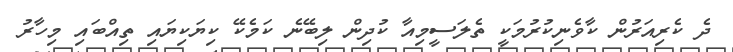
ދެ ކެރިއަރުން ކާވެނިކުރުމަކީ ތެލަސީމިއާ ކުދިން ލިބޭނެ ކަމެކޭ ކިޔަކިޔައި ތިއްބައި މިހާރު